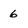
Character: 6